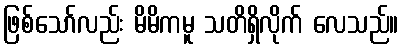
ဖြစ်သော်လည်း မိမိကမူ သတိရှိလိုက် လေသည်။